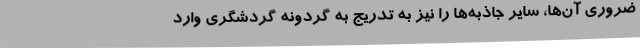
ضروری آن‌ها، سایر جاذبه‌ها را نیز به تدریج به گردونه گردشگری وارد